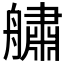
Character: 𦪓